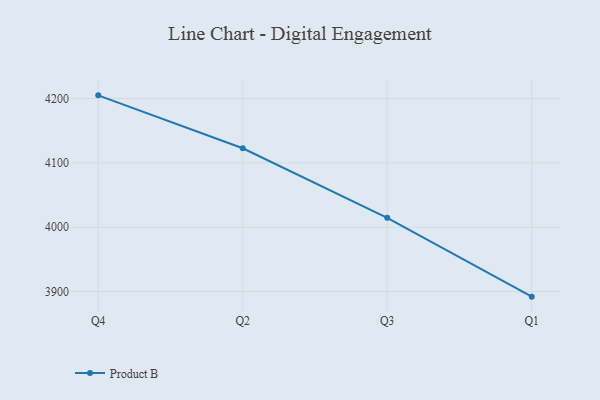
{"axis": {"x": "Quarter", "y": "Energy Usage (MWh)"}, "legend": ["Product B"], "data": [{"x": "Q4", "y": 4204.8, "type": "Product B"}, {"x": "Q2", "y": 4122.7, "type": "Product B"}, {"x": "Q3", "y": 4014.6, "type": "Product B"}, {"x": "Q1", "y": 3892.3, "type": "Product B"}]}